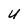
Character: u